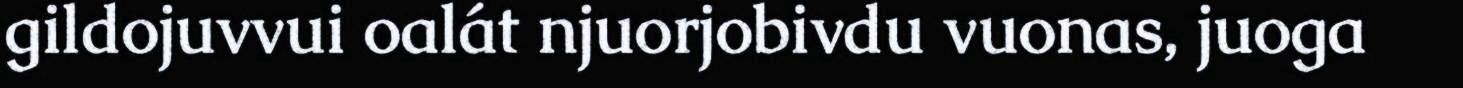
gildojuvvui oalát njuorjobivdu vuonas, juoga